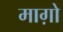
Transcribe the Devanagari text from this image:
माग़ो